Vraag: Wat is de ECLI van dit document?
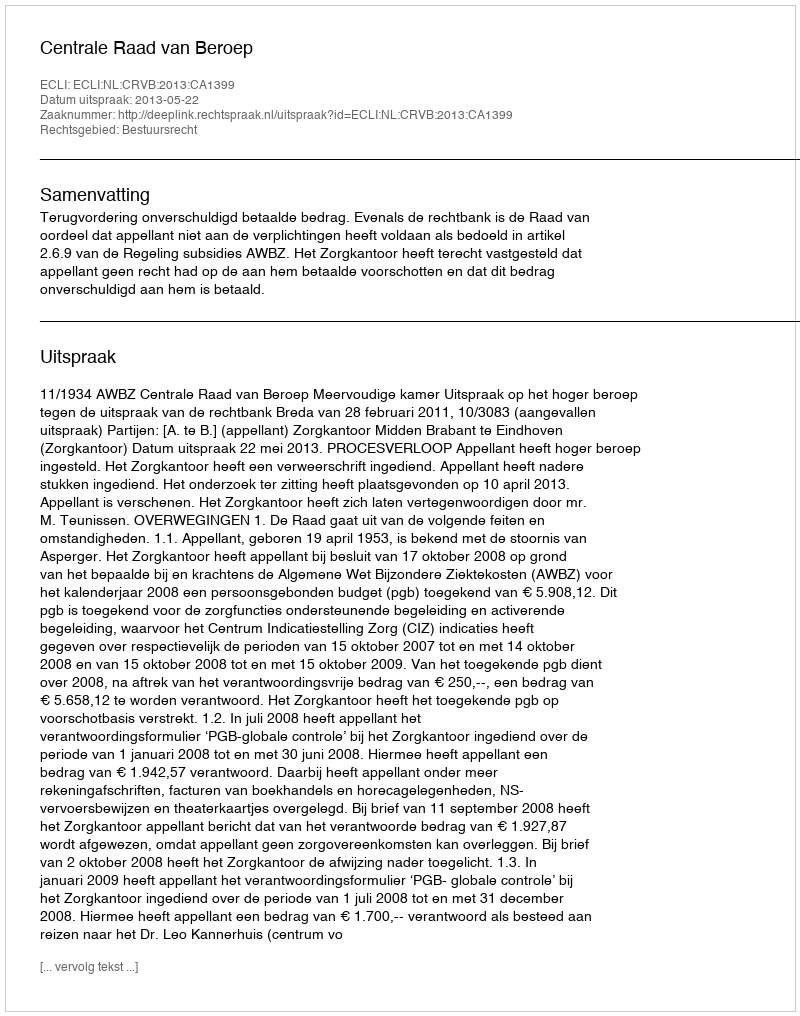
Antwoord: ECLI:NL:CRVB:2013:CA1399